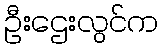
ဦးဌေးလွင်က